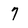
Character: 7